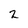
Character: 2